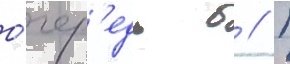
о́чер'едь б // Г